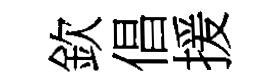
欽倡援